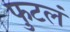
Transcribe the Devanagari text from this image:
फुटलं